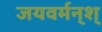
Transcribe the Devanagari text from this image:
जयवर्मन्‌श्